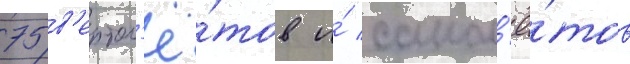
75 в'ертол'ё́тов и́ самол'ё́тов